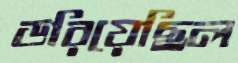
ডরিয়েছিল